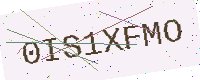
Text: 0IS1XFMO